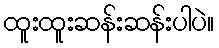
ထူးထူးဆန်းဆန်းပါပဲ။